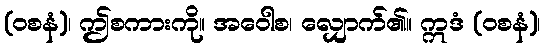
(ဝစနံ)၊ ဤစကားကို။ အဝေါစ၊ လျှောက်၏။ ဣဒံ (ဝစနံ)၊